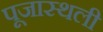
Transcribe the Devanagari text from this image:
पूजास्थली